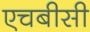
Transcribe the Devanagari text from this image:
एचबीसी